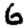
Digit: 6